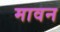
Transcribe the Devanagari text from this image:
मावन